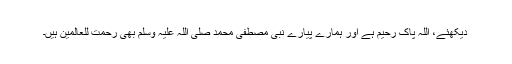
دیکھئے، اللہ پاک رحیم ہے اور ہمارے پیارے نبی مصطفٰی محمد صلی اللہ علیہ وسلم بھی رحمت للعالمین ہیں۔